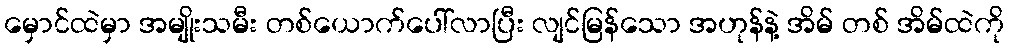
မှောင်ထဲမှာ အမျိုးသမီး တစ်ယောက်ပေါ်လာပြီး လျင်မြန်သော အဟုန်နဲ့ အိမ် တစ် အိမ်ထဲကို